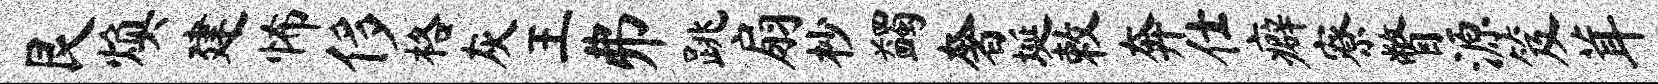
艮焕建怖侈格灰王弗跳扇杪蠲奢埏敕奔仕癖寮瞥源笈茸